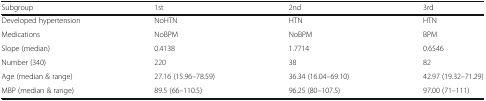
<table><thead><tr><td><b>Subgroup</b></td><td><b>1st</b></td><td><b>2nd</b></td><td><b>3rd</b></td></tr></thead><tbody><tr><td>Developed hypertension</td><td>NoHTN</td><td>HTN</td><td>HTN</td></tr><tr><td>Medications</td><td>NoBPM</td><td>NoBPM</td><td>BPM</td></tr><tr><td>Slope (median)</td><td>0.4138</td><td>1.7714</td><td>0.6546</td></tr><tr><td>Number (340)</td><td>220</td><td>38</td><td>82</td></tr><tr><td>Age (median &amp; range)</td><td>27.16 (15.96–78.59)</td><td>36.34 (16.04–69.10)</td><td>42.97 (19.32–71.29)</td></tr><tr><td>MBP (median &amp; range)</td><td>89.5 (66–110.5)</td><td>96.25 (80–107.5)</td><td>97.00 (71–111)</td></tr></tbody></table>